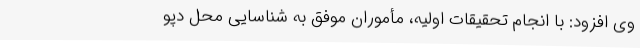
وی افزود: با انجام تحقیقات اولیه، مأموران موفق به شناسایی محل دپو